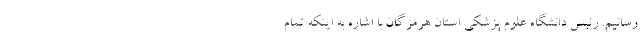
رسانیم. رئیس دانشگاه علوم پزشکی استان هرمزگان با اشاره به اینکه تمام